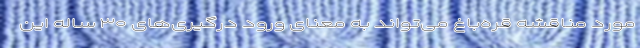
مورد مناقشه قره‌باغ می‌تواند به معنای ورود درگیری‌های ۳۰ ساله این